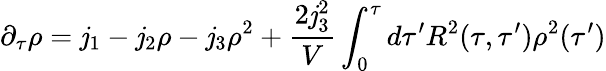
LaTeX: \partial_{\tau}\rho=\mathit{j}_{1}-\mathit{j}_{2}\rho-\mathit{j}_{3}\rho^{2}+\frac{{2\mathit{j}_{3}^{2}}}{{V}}\int_{0}^{\tau}d\tau^{\prime}R^{2}(\tau,\tau^{\prime})\rho^{2}(\tau^{\prime})